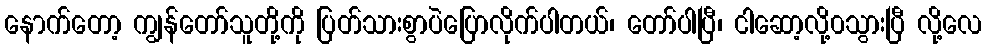
နောက်တော့ ကျွန်တော်သူတို့ကို ပြတ်သားစွာပဲပြောလိုက်ပါတယ်၊ တော်ပါပြီ၊ ငါဆော့လို့၀သွားပြီ လို့လေ